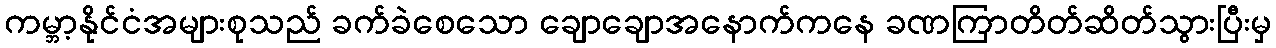
ကမ္ဘာ့နိုင်ငံအများစုသည် ခက်ခဲစေသော ချောချောအနောက်ကနေ ခဏကြာတိတ်ဆိတ်သွားပြီးမှ